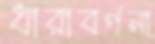
ধারাবর্ণনা